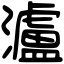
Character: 瀘